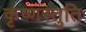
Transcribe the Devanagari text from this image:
कृष्णस्तुति